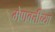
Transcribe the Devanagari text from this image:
मेणबत्तीच्या